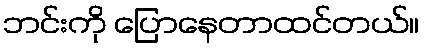
ဘင်းကို ပြောနေတာထင်တယ်။